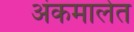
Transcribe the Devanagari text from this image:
अंकमालेत